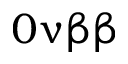
0 \upnu \upbeta \upbeta